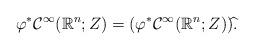
LaTeX: \begin{gather*}\varphi^{*}\mathcal{C}^{\infty}(\mathbb{R}^{n};Z)=(\varphi^{*}\mathcal{C}^{\infty}(\mathbb{R}^{n};Z))\widehat{}.\end{gather*}